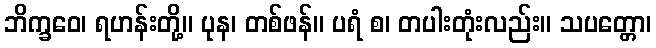
ဘိက္ခဝေ၊ ရဟန်းတို့။ ပုန၊ တစ်ဖန်။ ပရံ စ၊ တပါးတုံးလည်း။ သပတ္တော၊